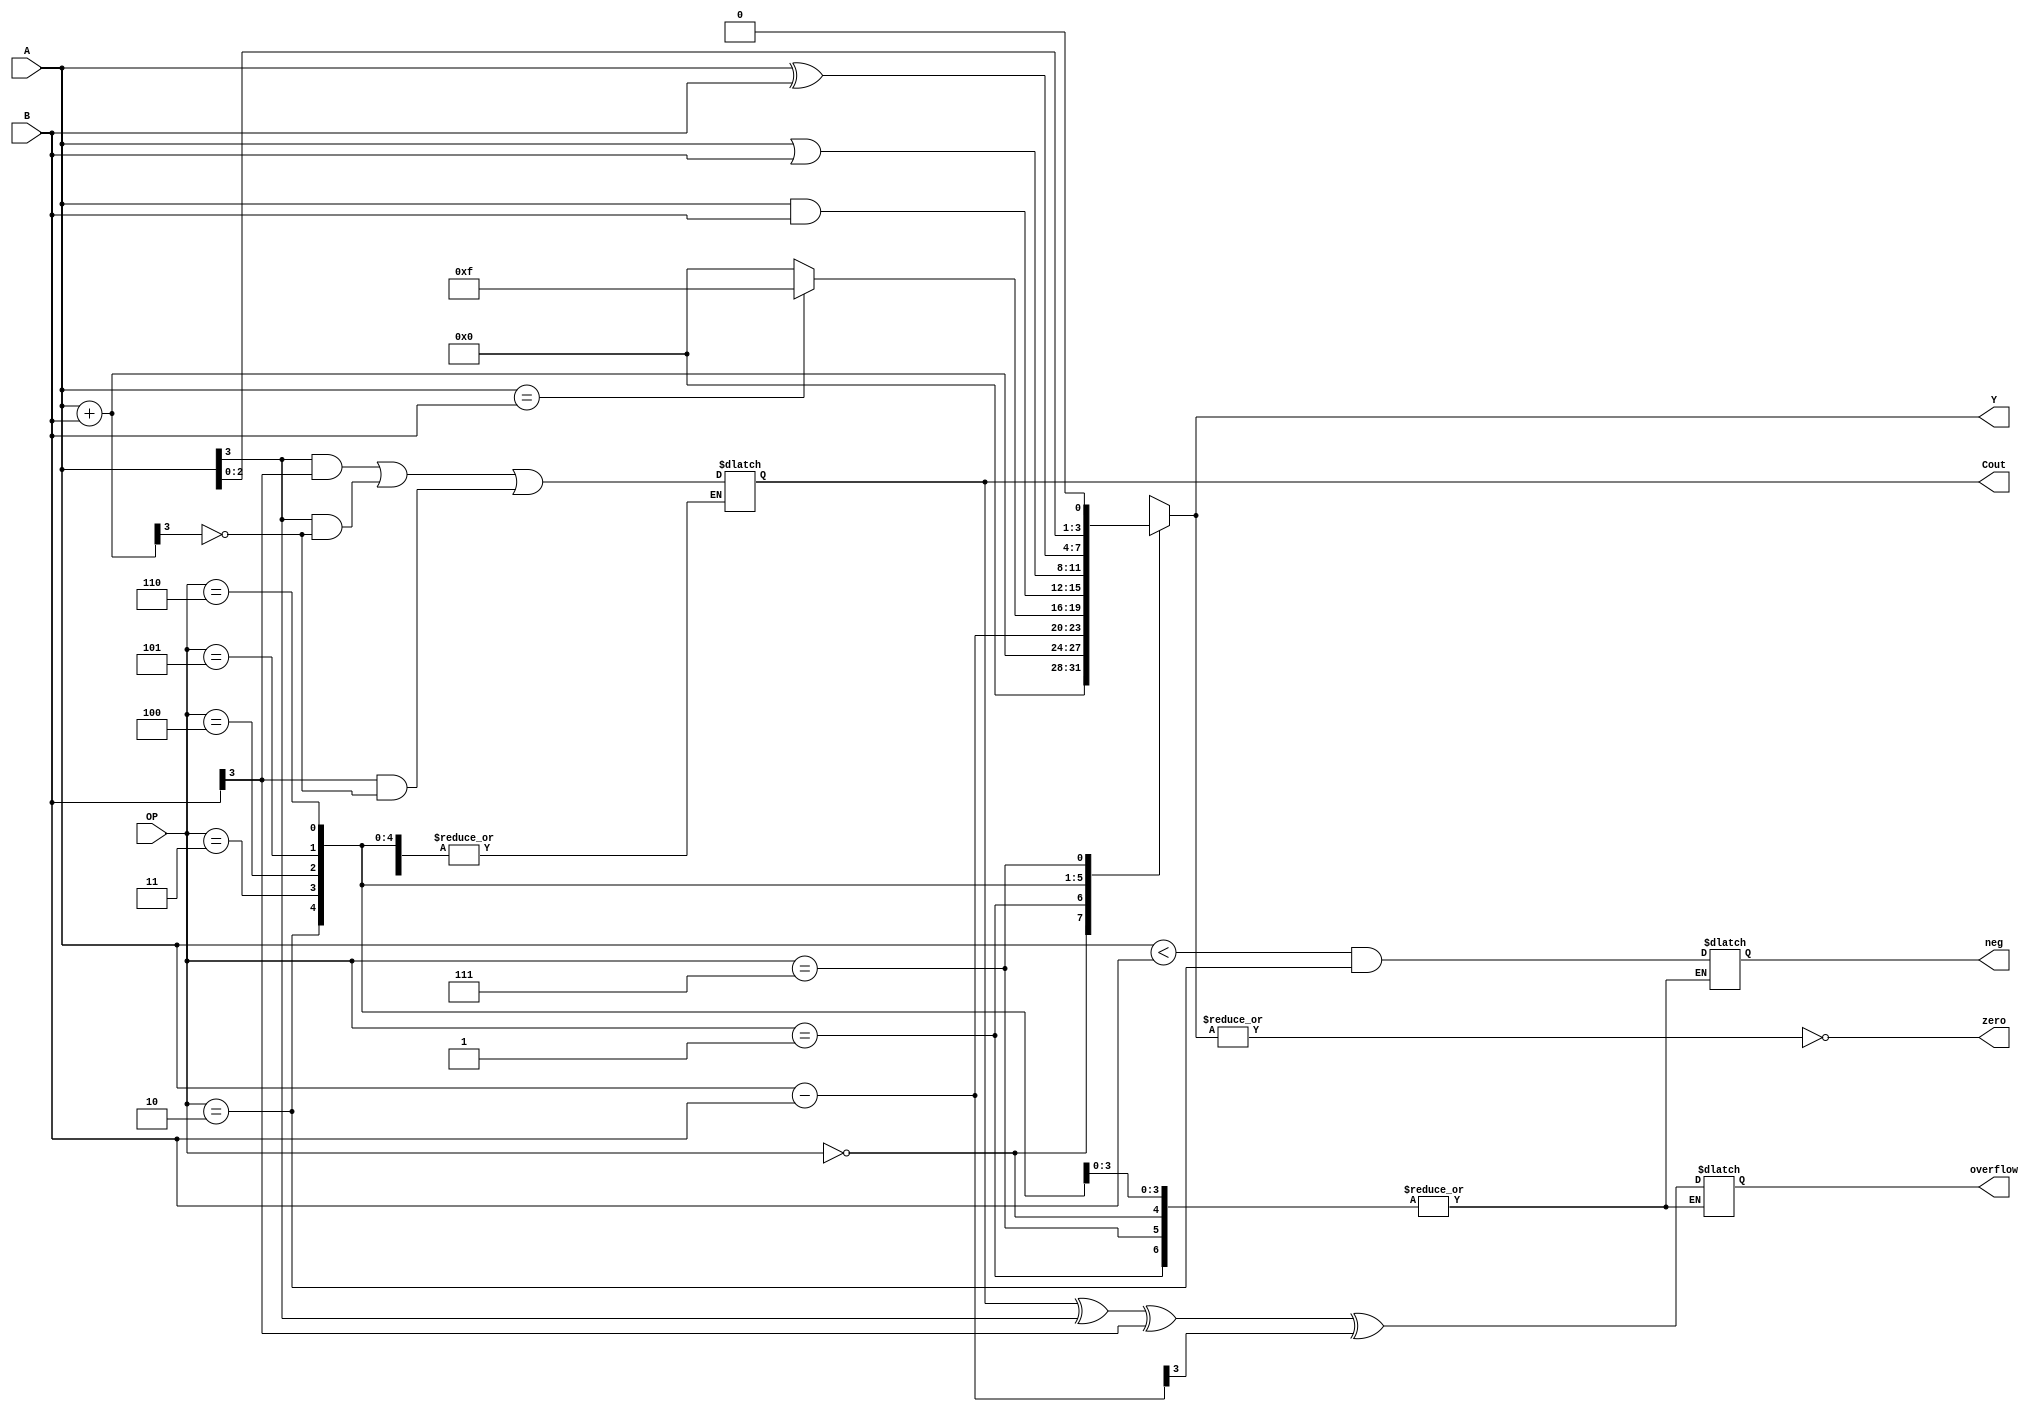
`timescale 1ns / 1ps
//////////////////////////////////////////////////////////////////////////////////
// Company: 
// Engineer: 
// 
// Design Name: 
// Module Name: alu
// Project Name: 
// Target Devices: 
// Tool Versions: 
// Description: 
// 
// Dependencies: 
// 
// Revision:
// Revision 0.01 - File Created
// Additional Comments:
// 
//////////////////////////////////////////////////////////////////////////////////


// OPMODES to implement
// Addition
// Subtraction
// Compare
// And
// Or
// + 3 More

module alu(A, B, OP, Y, zero, neg, Cout, overflow);

    input       [3:0] A, B;                 // operands
    input       [2:0] OP;                   // operation
    output reg  [3:0] Y;                    // resultant
    output      zero, neg, Cout, overflow;  // status flags       
    
    reg flagN, flagC, flagO;
    
    always @ (*) begin
        case (OP)
            3'b000: Y = 0;                                                          // null
            3'b001: begin                                                           // add
                        Y = A + B;
                        flagC = (A[3] & B[3]) | (A[3] & ~Y[3]) | (B[3] & ~Y[3]);                 
                    end               
            3'b010: begin                                                           // subtract
                        Y = A - B;                      
                        flagO = Cout ^ A[3] ^ B[3] ^ Y[3];
                        flagN = (A < B) & (OP == 3'b010); 
                    end         
            3'b011: Y = (A == B) ? 4'b1111 : 4'b0000;                               // compare
            3'b100: Y = A & B;                                                      // and      
            3'b101: Y = A | B;                                                      // or            
            3'b110: Y = A ^ B;                                                      // xor           
            3'b111: Y = A << 1;                                                     // shift left        
        endcase
    end
    
    assign zero = ~(|Y);
    assign Cout = flagC;
    assign overflow = flagO;
    assign neg = flagN;

endmodule